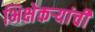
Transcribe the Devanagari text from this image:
भिक्षेकऱ्यांची